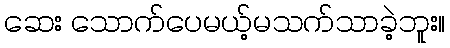
ဆေး သောက်ပေမယ့်မသက်သာခဲ့ဘူး။